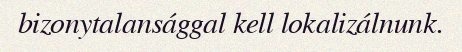
bizonytalansággal kell lokalizálnunk.